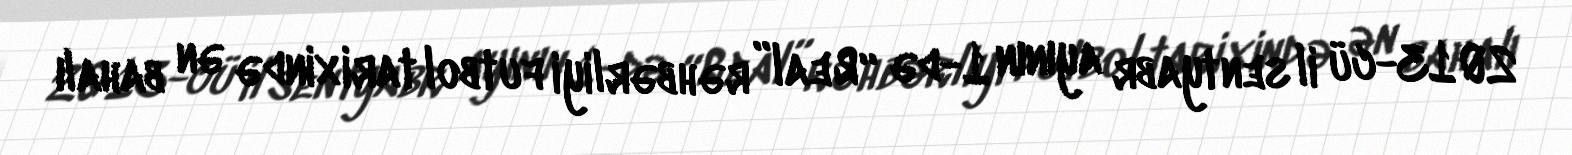
2013-cü il sentyabr ayının 1-də “Real” rəhbərliyi futbol tarixində ən bahalı